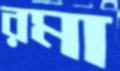
রমা